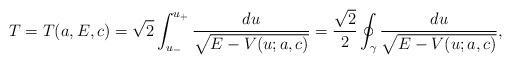
\begin{align*}T=T(a,E,c)=\sqrt{2}\int_{u_-}^{u_+}\frac{du}{\sqrt{E-V(u;a,c)}}=\frac{\sqrt{2}}{2}\oint_\gamma\frac{du}{\sqrt{E-V(u;a,c)}},\end{align*}